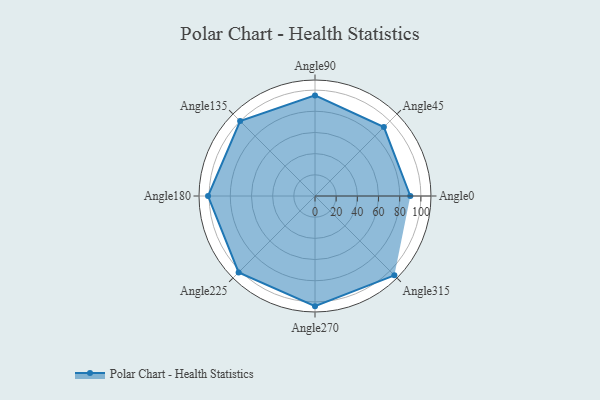
{"axis": {"x": "Angle", "y": "Radius"}, "legend": [""], "data": [{"x": "Angle0", "y": 90.0, "type": ""}, {"x": "Angle45", "y": 92.0, "type": ""}, {"x": "Angle90", "y": 95.0, "type": ""}, {"x": "Angle135", "y": 100.0, "type": ""}, {"x": "Angle180", "y": 101.0, "type": ""}, {"x": "Angle225", "y": 102.0, "type": ""}, {"x": "Angle270", "y": 104.0, "type": ""}, {"x": "Angle315", "y": 106.0, "type": ""}]}